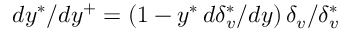
d y ^ { * } / d y ^ { + } = \left( 1 - y ^ { * } \, d \delta _ { v } ^ { * } / d y \right) \delta _ { v } / \delta _ { v } ^ { * }